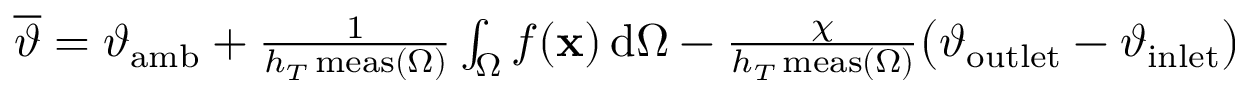
\begin{array} { r } { \overline { { \vartheta } } = \vartheta _ { \mathrm { a m b } } + \frac { 1 } { h _ { T } \, \mathrm { m e a s } ( \Omega ) } \int _ { \Omega } f ( \mathbf { x } ) \, \mathrm { d } \Omega - \frac { \chi } { h _ { T } \, \mathrm { m e a s } ( \Omega ) } \big ( \vartheta _ { \mathrm { o u t l e t } } - \vartheta _ { \mathrm { i n l e t } } \big ) } \end{array}